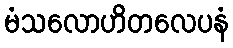
မံသလောဟိတလေပနံ